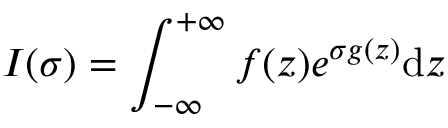
I ( \sigma ) = \int _ { - \infty } ^ { + \infty } f ( z ) e ^ { \sigma g ( z ) } \mathrm { d } z